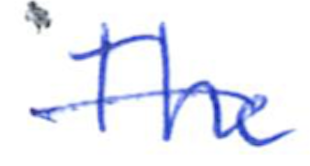
Text: The
Cross-out: single-line
Writing tool: ballpoint